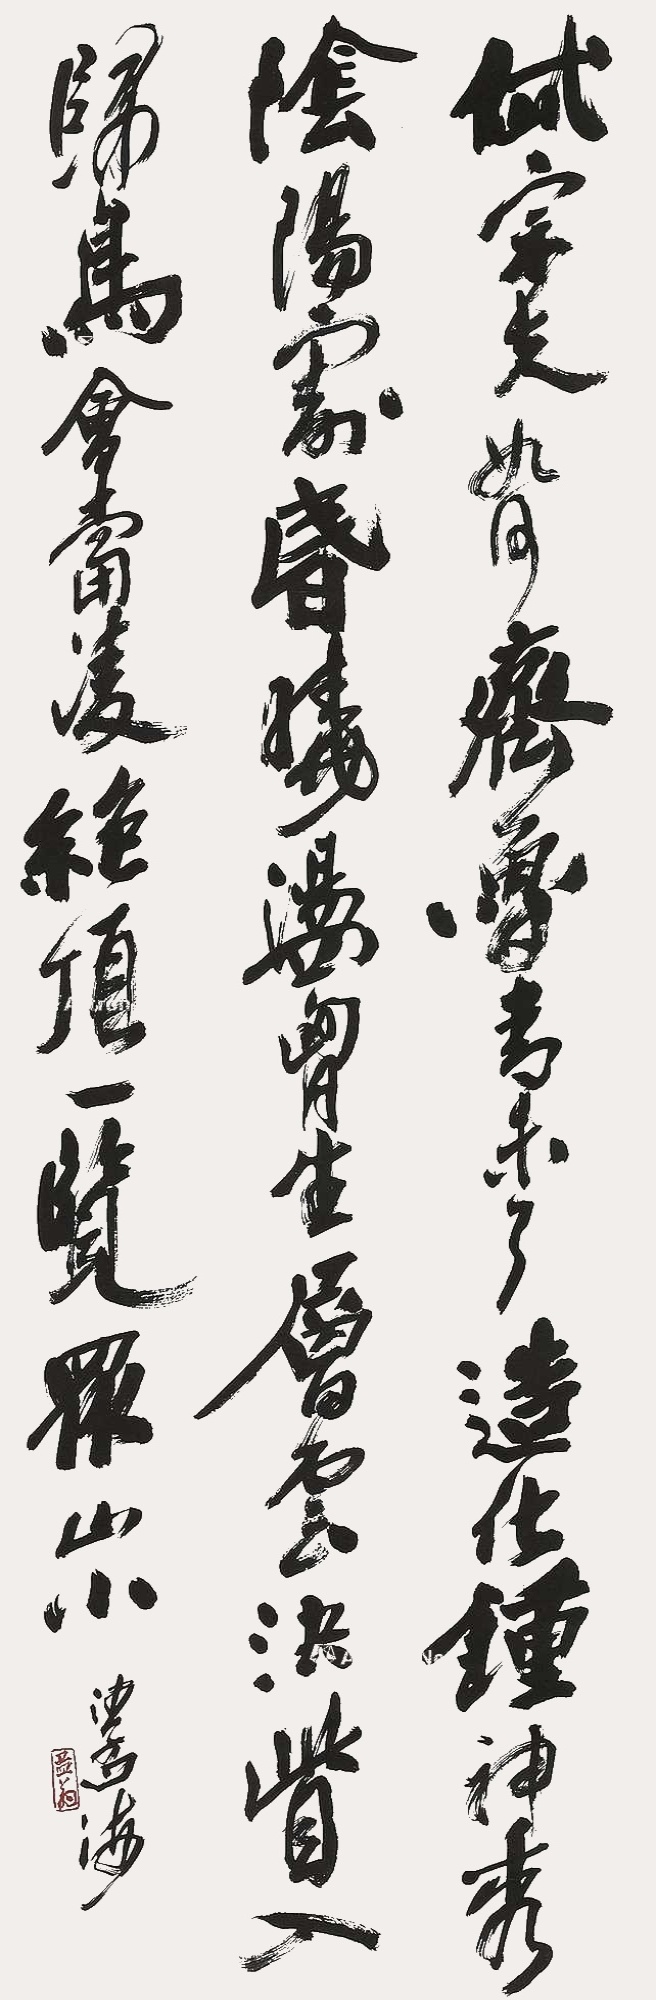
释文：岱宗夫如何？齐鲁青未了。造化钟神秀，阴阳割昏晓。荡胸生层云，决眦入归鸟。会当凌绝顶，一览众山小。沙孟海。